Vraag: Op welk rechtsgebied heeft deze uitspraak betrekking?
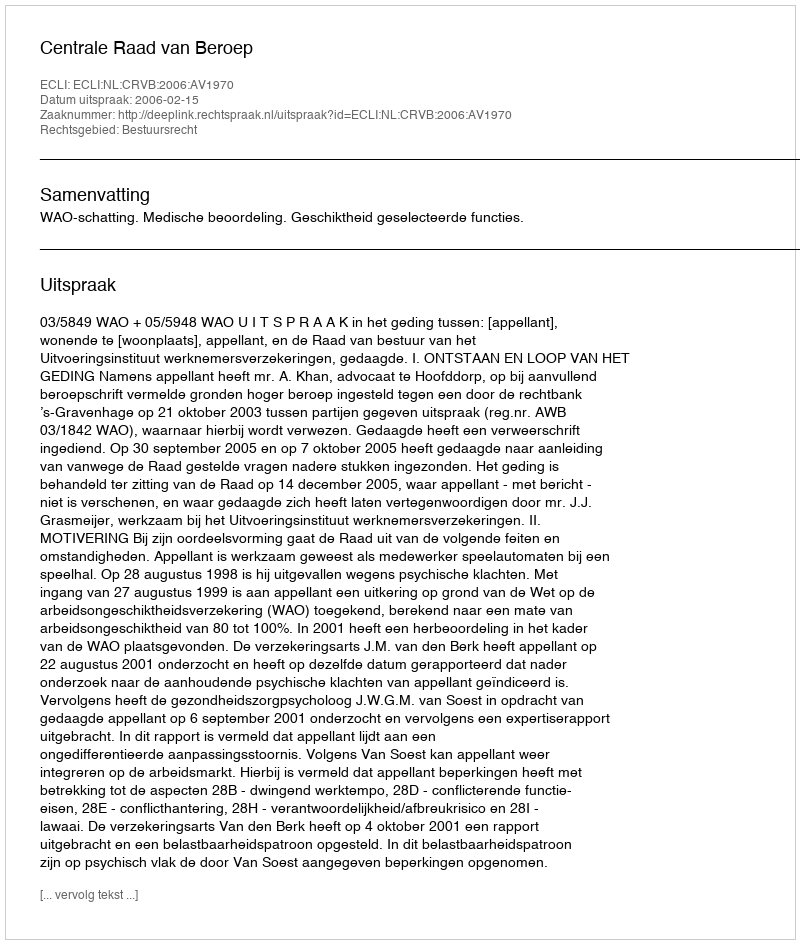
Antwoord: Bestuursrecht